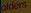
olders